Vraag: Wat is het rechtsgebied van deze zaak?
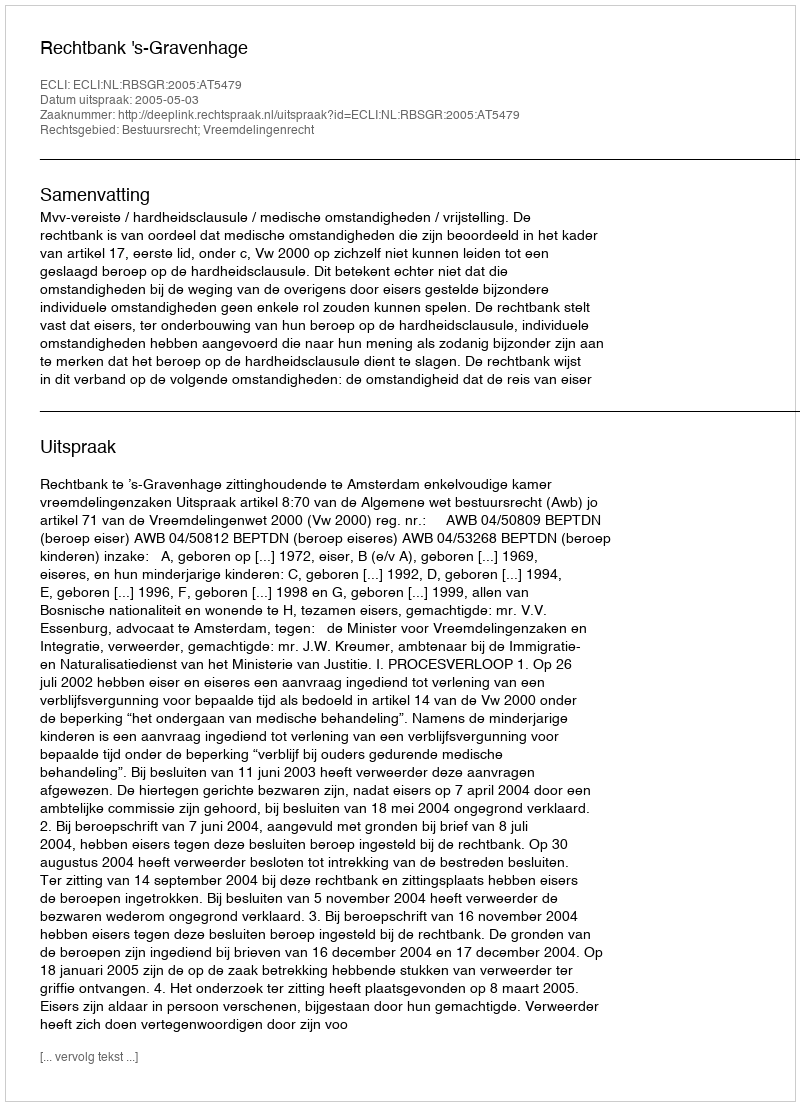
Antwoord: Bestuursrecht; Vreemdelingenrecht